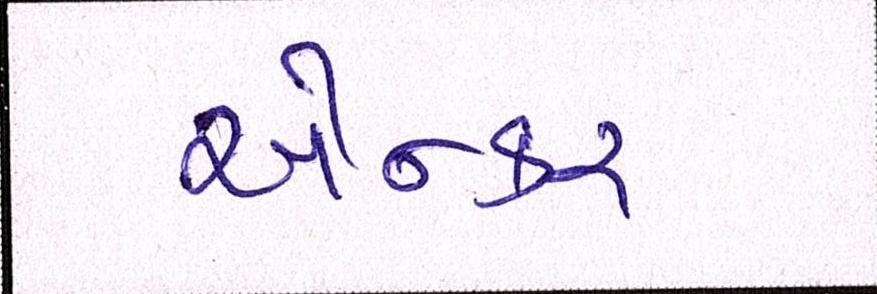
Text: એન્કર